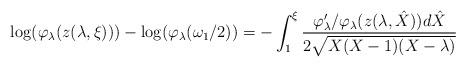
LaTeX: \begin{align*}\log(\varphi_\lambda(z(\lambda, \xi))) - \log(\varphi_\lambda(\omega_1/2))=- \int_{1}^{\xi}\frac{\varphi_\lambda'/\varphi_\lambda(z(\lambda,\hat{X}))d\hat{X}}{2\sqrt{X(X-1)(X-\lambda)}} \end{align*}